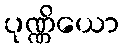
ပုဏ္ဏိယော